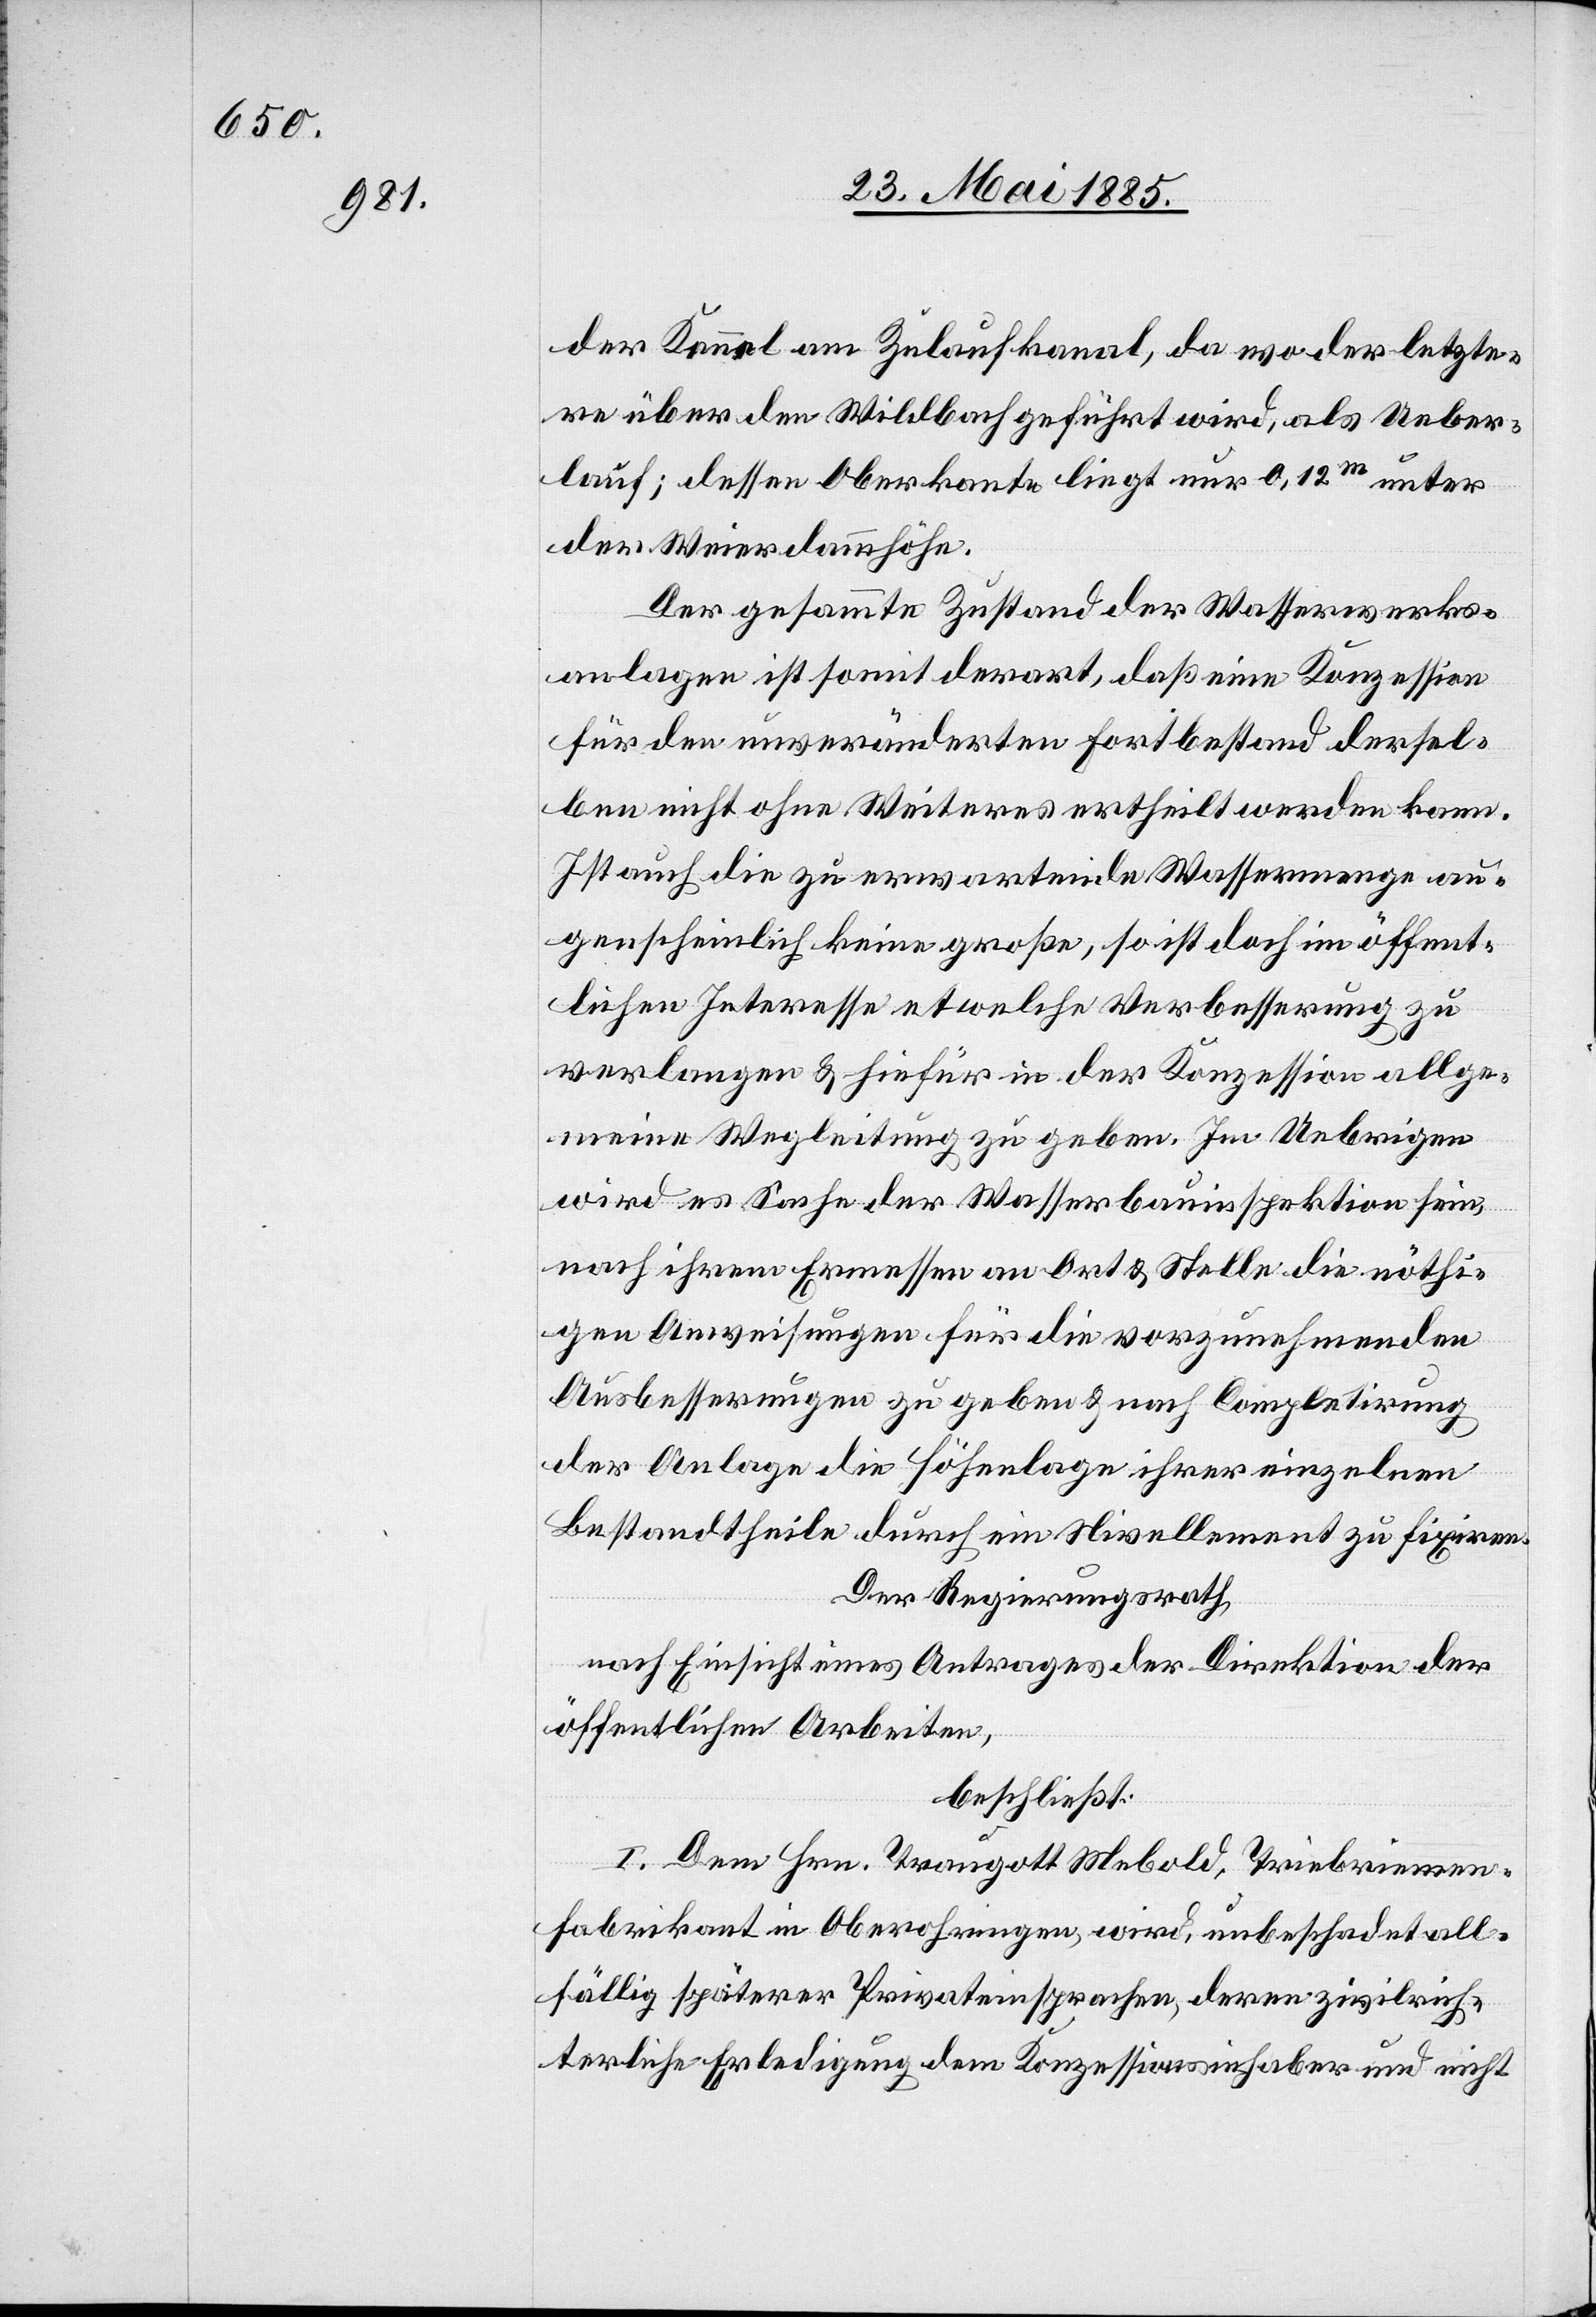
der Kennel am Zulaufkanal, da wo der letzte¬
re über den Wildbach geführt wird, als Über¬
lauf; dessen Oberkante liegt nur 0,12 m unter
der Weierdammhöhe.
Der gesammte Zustand der Wasserwerks¬
anlagen ist somit derart, daß eine Konzession
für den unveränderten Fortbestand dersel¬
ben nicht ohne Weiteres ertheilt werden kann.
Ist auch die zu erwartende Wassermenge au¬
genscheinlich keine große, so ist doch im öffent¬
lichen Interesse etwelche Verbesserung zu
verlangen & hiefür in der Konzession allge¬
meine Wegleitung zu geben. Im Uebrigen
wird es Sache der Wasserbauinspektion sein,
nach ihrem Ermessen an Ort & Stelle die nöthi¬
gen Anweisungen für die vorzunehmenden
Ausbesserungen zu geben & nach Completirung
der Anlage die Höhenlage ihrer einzelnen
Bestandtheile durch ein Nivellement zu fixiren.
Der Regierungsrath,
nach Einsicht eines Antrages der Direktion der
öffentlichen Arbeiten,
beschließt:
I. Dem Hrn. Traugott Mebold, Triebriemen¬
fabrikant in Oberohringen, wird, unbeschadet all¬
fällig späterer Privateinsprachen, deren zivilrich¬
terliche Erledigung dem Konzessionsinhaber und nicht